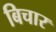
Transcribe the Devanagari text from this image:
बिचार